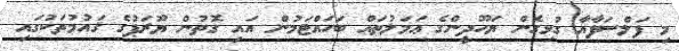
މި ފަލްސަފާއާ ގުޅިގެން ޔަހޫދީންގެ ޢަމަލުތައް ބަހައްޓަމުން އައި ގޮތުން ޔޫރަޕުގެ ޤައުމުތަކުގައި